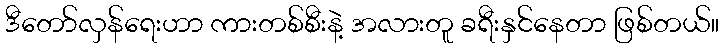
ဒီတော်လှန်ရေးဟာ ကားတစ်စီးနဲ့ အလားတူ ခရီးနှင်နေတာ ဖြစ်တယ်။